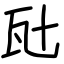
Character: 瓧